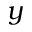
y